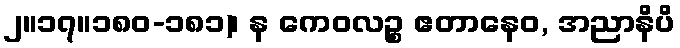
၂။၁၇။၁၈၀-၁၈၁)၊ န ကေဝလဉ္စ ဧတာနေဝ, အညာနိပိ